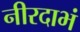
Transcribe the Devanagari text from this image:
नीरदाभं